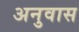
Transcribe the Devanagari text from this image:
अनुवास